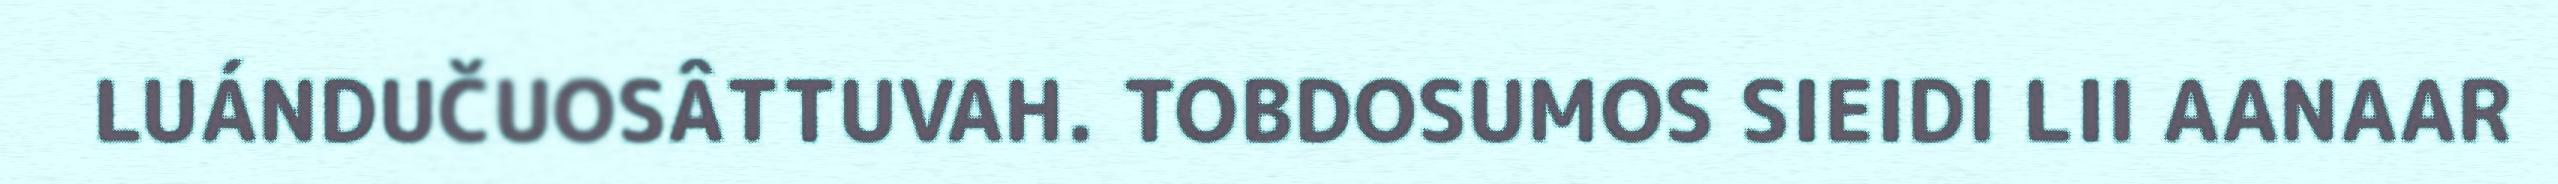
LUÁNDUČUOSÂTTUVAH. TOBDOSUMOS SIEIDI LII AANAAR